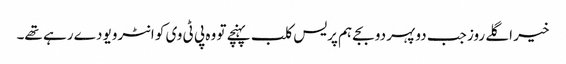
خیر اگلے روز جب دوپہر دو بجے ہم پریس کلب پہنچے تو وہ پی ٹی وی کو انٹرویو دے رہے تھے۔